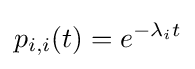
p_{i,i}(t)=e^{-\lambda _{i}t}